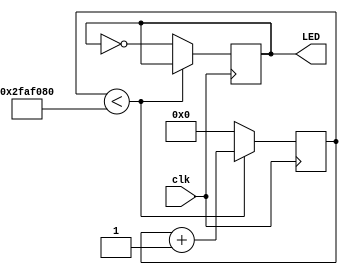
module task3(clk, LED);
	input clk;
	output reg LED;
	reg [25:0] counter;
	
	always@(posedge clk) begin
		if (counter < 26'd50000000)
			begin
			counter <= counter+1;
			end
		else
			begin
			counter <= 26'd0;
			LED = ~LED;
			end
	end
endmodule